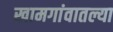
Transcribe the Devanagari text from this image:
खामगांवातल्या